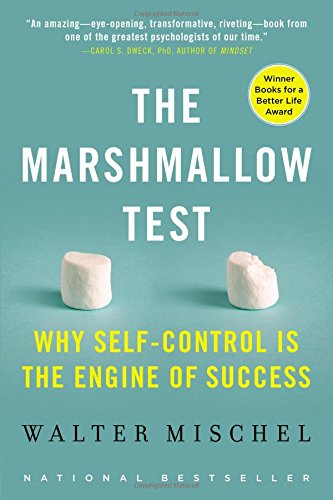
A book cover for The Marshmallow Test: Why Self-Control Is the Engine of Success; Walter Mischel; Science & Math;